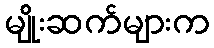
မျိုးဆက်များက